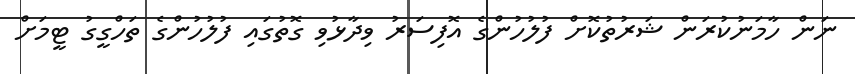
ނަން ހާމަނުކުރަން ޝަރުތުކޮށް ފުލުހުންގެ އޮފިސަރު ވިދާޅުވި ގޮތުގައި ފުލުހުންގެ ތަހްގީގު ޓީމަށް